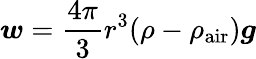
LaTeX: {\boldsymbol{w}}={\frac{4\pi}{3}}r^{3}(\rho-\rho_{\textrm{air}}){\boldsymbol{g}}